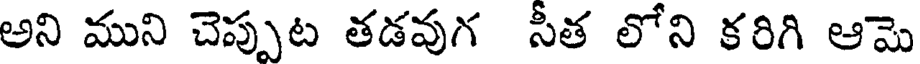
అని ముని చెప్పుట తడవుగ సీత లోని కరిగి ఆమె